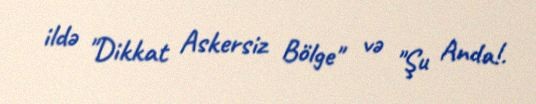
ildə "Dikkat Askersiz Bölge" və "Şu Anda!.